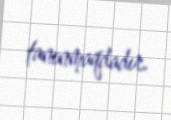
tanınmaqdadır.